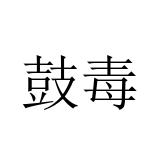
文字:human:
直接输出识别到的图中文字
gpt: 鼓毒